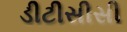
ડીટીસીસી